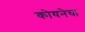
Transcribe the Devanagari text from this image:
कोयनेचा